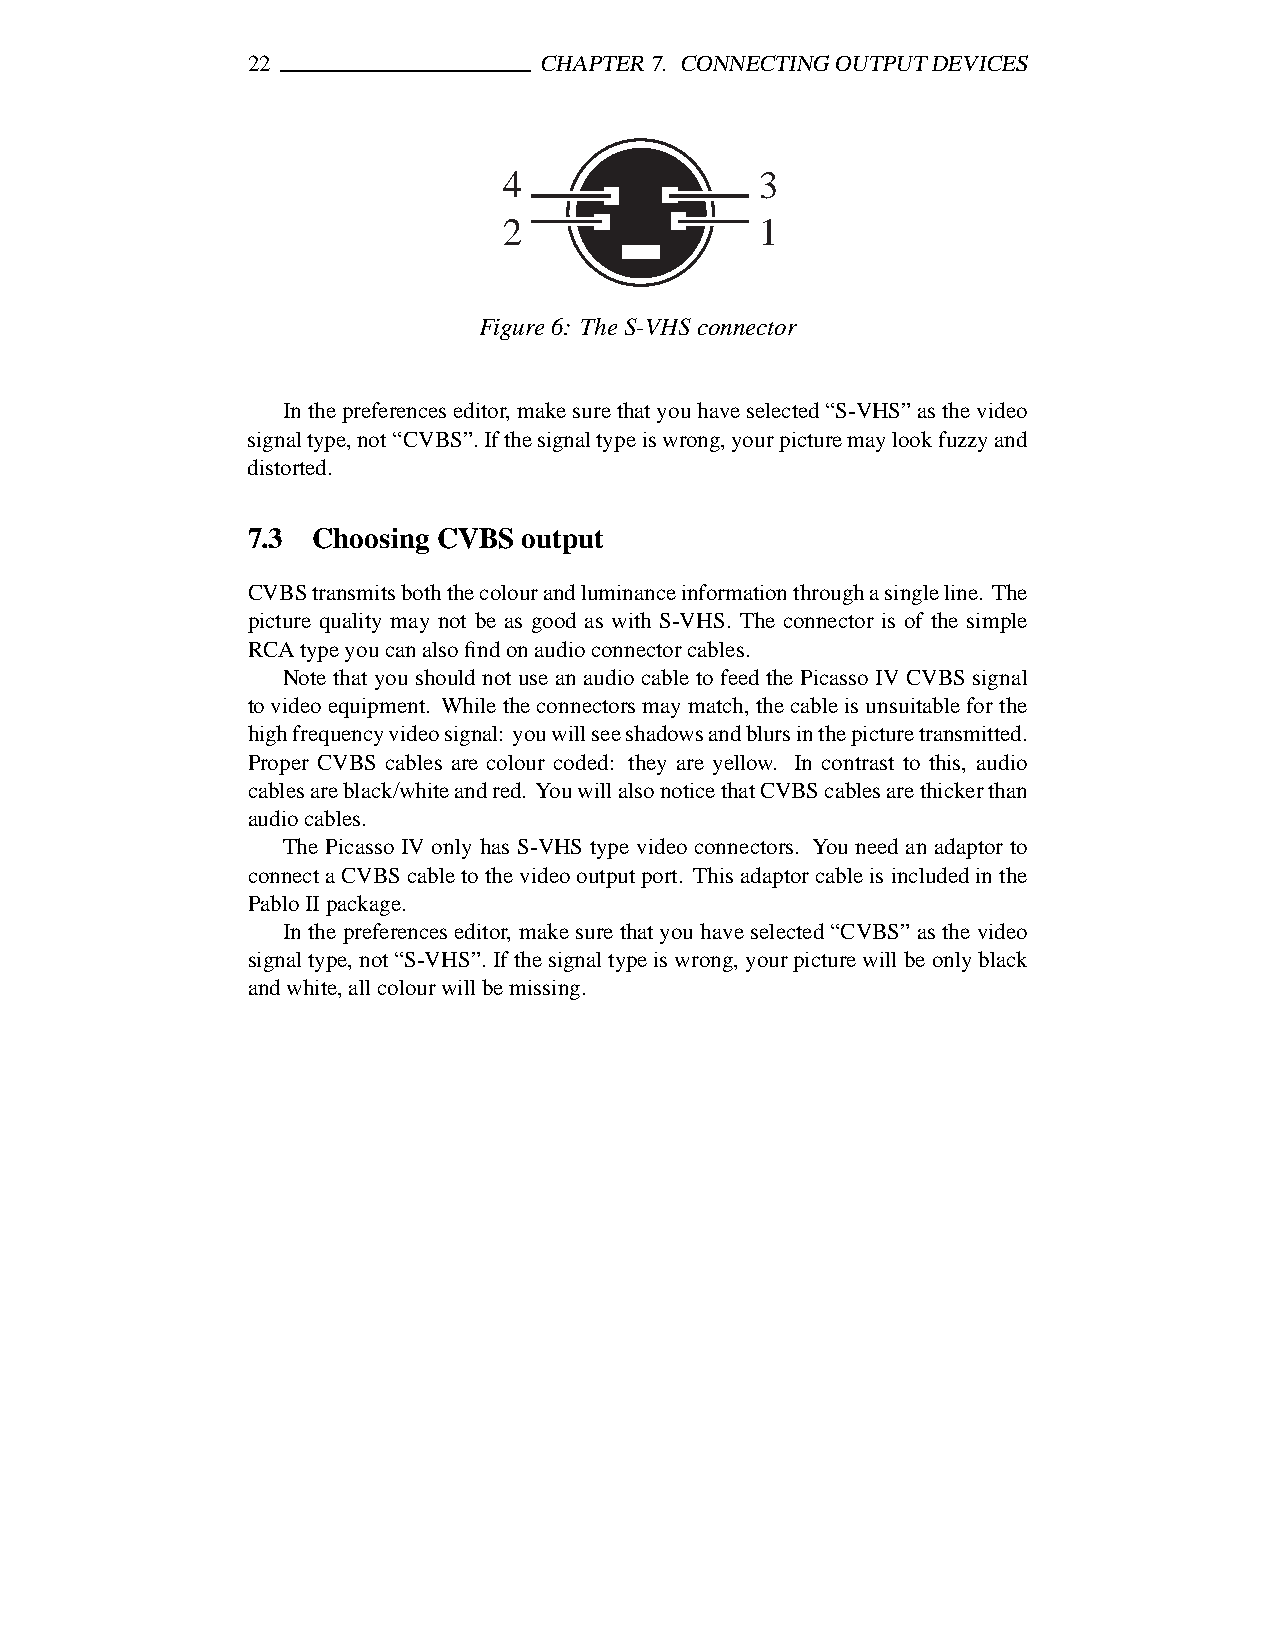
22                  CHAPTER7. CONNECTINGOUTPUTDEVICES
 4                3
 2                1
 Figure6: TheS-VHSconnector
 In thepreferenceseditor,makesurethatyouhaveselected“S-VHS”asthevideo
 signaltype,not“CVBS”.Ifthesignaltypeiswrong,yourpicturemaylookfuzzyand
 distorted.
 7.3  Choosing CVBS output
 CVBStransmitsboththecolourandluminanceinformationthroughasingleline. The
 picture quality may not be as good as with S-VHS. The connector is of the simple
 RCAtypeyoucanalsofindonaudioconnectorcables.
 Note that you should not use an audio cable to feed the PicassoIV CVBS signal
 to video equipment. While the connectorsmay match, the cableis unsuitableforthe
 highfrequencyvideosignal: youwillseeshadowsandblursinthepicturetransmitted.
 Proper CVBS cables are colour coded: they are yellow. In contrast to this, audio
 cablesareblack/whiteandred. YouwillalsonoticethatCVBScablesarethickerthan
 audiocables.
 The Picasso IV only has S-VHS type video connectors. You need an adaptor to
 connectaCVBS cableto the videooutputport. This adaptorcableis includedin the
 PabloIIpackage.
 In the preferenceseditor, make sure that you have selected“CVBS” as the video
 signaltype,not“S-VHS”.Ifthesignaltypeiswrong,yourpicturewillbeonlyblack
 andwhite,allcolourwillbemissing.